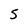
Character: S